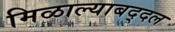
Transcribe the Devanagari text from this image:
मिळाल्याबद्दल